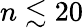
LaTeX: n\lesssim 20